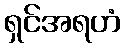
ရှင်အရဟံ